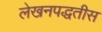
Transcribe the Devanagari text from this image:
लेखनपद्धतीस